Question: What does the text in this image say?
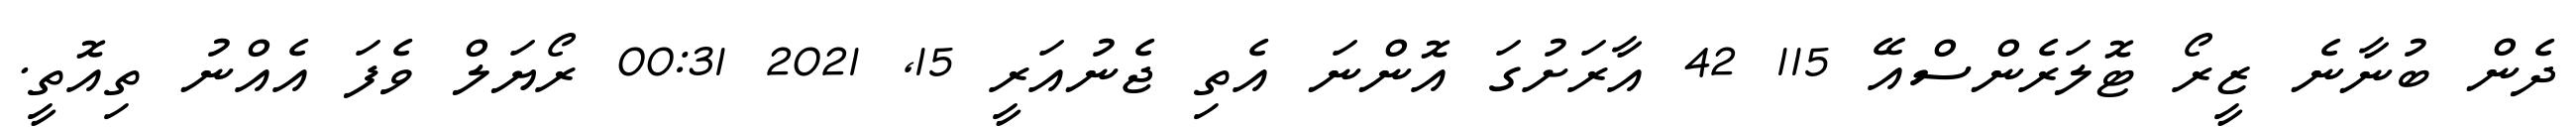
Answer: ދެން ބުނާނެ ޒީރޯ ޓޮލަރެންސްއޭ 115 42 އާރަށުގަ އޮންނަ އެތި ޖެނުއަރީ 15, 2021 00:31 ރޯޔަލް ވެފަ އެއްނު ތިއޮތީ.